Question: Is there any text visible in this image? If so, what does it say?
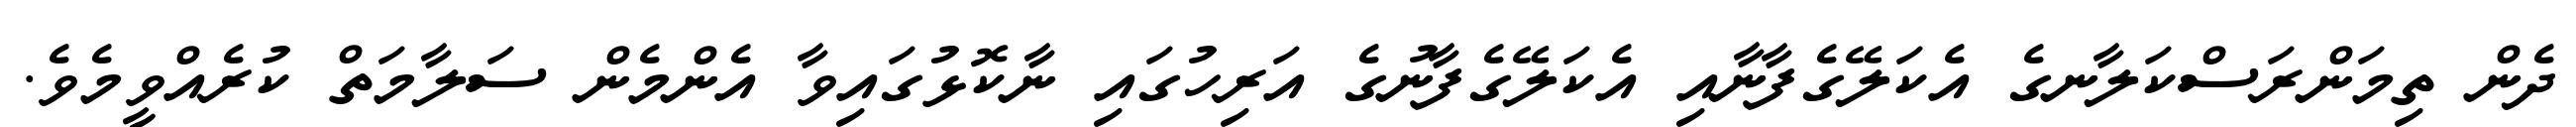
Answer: ދެން ތިމަންރަސްކަލާނގެ އެކަލޭގެފާނާއި އެކަލޭގެފާނުގެ އަރިހުގައި ނާކޮޅުގައިވާ އެންމެން ސަލާމަތް ކުރެއްވީމެވެ.